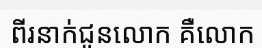
ពីរនាក់ជូនលោក គឺលោក